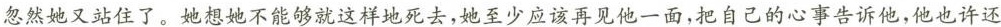
忽然她又站住了。她想她不能够就这样地死去，她至少应该再见他一面，把自己的心事告诉他，他也许还